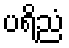
ပရိညံ